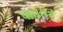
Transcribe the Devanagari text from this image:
वाद्यतंत्र